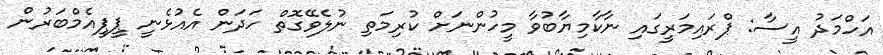
އަހްމަދު އީސާ: ޕްރައިމަރީގައި ނާކާމިޔާބުވާ މީހުންނަށް ކުރިމަތި ނުލެވޭގޮތް ހަދަން އެއުޅެނީ ޕީޕީއެމްބަރުން